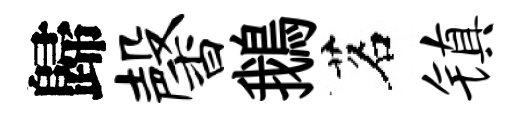
歸馨鵝茗镇